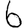
Digit: 6